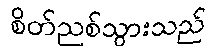
စိတ်ညစ်သွားသည်